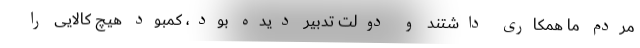
مردم ما همکاری داشتند و دولت تدبیر دیده بود، کمبود هیچ کالایی را